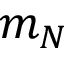
m _ { N }